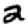
Digit: 2